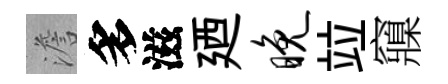
澹多滋廼晚竝䆿